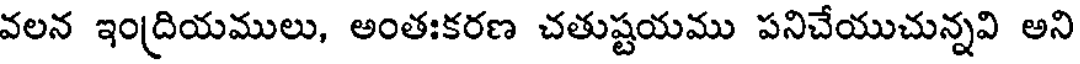
వలన ఇంద్రియములు, అంతఃకరణ చతుష్టయము పనిచేయుచున్నవి అని